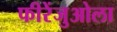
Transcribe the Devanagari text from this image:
फीरेंजुओला